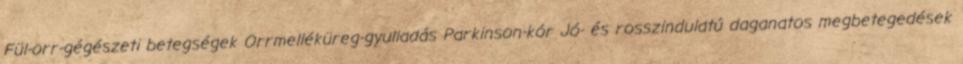
Fül-orr-gégészeti betegségek Orrmelléküreg-gyulladás Parkinson-kór Jó- és rosszindulatú daganatos megbetegedések